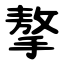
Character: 摮